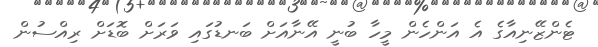
ޓެންޒޭނިއާގެ އެ އަންހެން މީހާ ބުނީ އޭނާއަށް ބަނޑުގައި ވަރަށް ބޮޑަށް ރިއްސުން